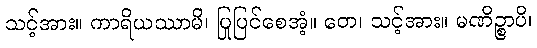
သင့်အား။ ကာရိယဿာမိ၊ ပြုပြင်စေအံ့။ တေ၊ သင့်အား။ မဏိဉ္စာပိ၊